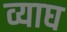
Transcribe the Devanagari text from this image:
व्याघ